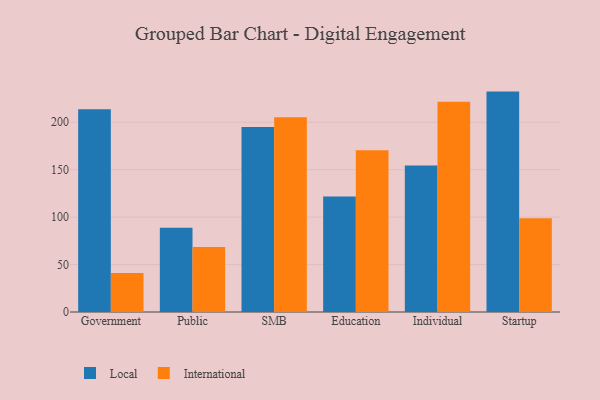
{"axis": {"x": "Segment", "y": "Population (Million)"}, "legend": ["International", "Local"], "data": [{"x": "Government", "y": 213.6, "type": "Local"}, {"x": "Government", "y": 41.2, "type": "International"}, {"x": "Public", "y": 88.8, "type": "Local"}, {"x": "Public", "y": 68.6, "type": "International"}, {"x": "SMB", "y": 195.0, "type": "Local"}, {"x": "SMB", "y": 205.2, "type": "International"}, {"x": "Education", "y": 121.8, "type": "Local"}, {"x": "Education", "y": 170.5, "type": "International"}, {"x": "Individual", "y": 154.4, "type": "Local"}, {"x": "Individual", "y": 221.7, "type": "International"}, {"x": "Startup", "y": 232.3, "type": "Local"}, {"x": "Startup", "y": 98.8, "type": "International"}]}